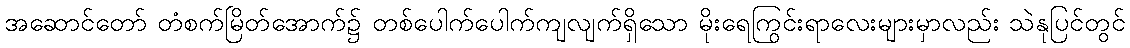
အဆောင်တော် တံစက်မြိတ်အောက်၌ တစ်ပေါက်ပေါက်ကျလျက်ရှိသော မိုးရေကြွင်းရာလေးများမှာလည်း သဲနုပြင်တွင်